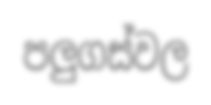
පලුගස්වල